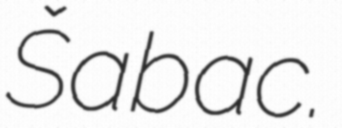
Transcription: Šabac.